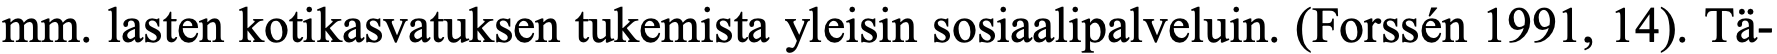
mm. lasten kotikasvatuksen tukemista yleisin sosiaalipalveluin. (Forssén 1991, 14). Tä-